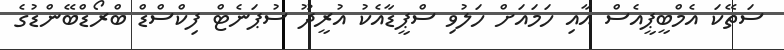
ސަތޭކަ އެމްބީޕީއެސް އާއި ހަމައަށް ހަލުވި ސްޕީޑާއެކު އުރީދޫ ސުޕަނެޓް ފިކްސްޑް ބްރޯޑްބޭންޑުގެ